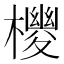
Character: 𪴉